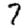
Digit: 7